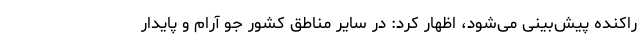
راکنده پیش‌بینی می‌شود، اظهار کرد: در سایر مناطق کشور جو آرام و پایدار